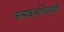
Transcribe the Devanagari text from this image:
जन्मबन्धनिवृत्यर्थं